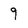
Character: 9